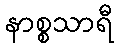
နာစ္စသာရီ